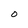
Character: O